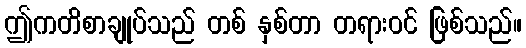
ဤကတိစာချုပ်သည် တစ် နှစ်တာ တရားဝင် ဖြစ်သည်။